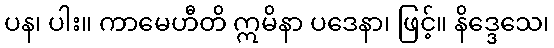
ပန၊ ပါး။ ကာမေဟီတိ ဣမိနာ ပဒေနာ၊ ဖြင့်။ နိဒ္ဒေသေ၊